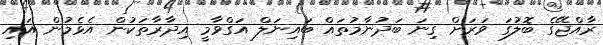
ރާއްޖޭގެ ބޮލުގަ ވަރަށް ގިނަ ބަދުނާމުތައް ބައިނަލް އަގްވާމީ އިދާރާތަކުން އެޅެމުން އައި